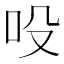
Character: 吺